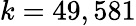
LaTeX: \textstyle k=49,581